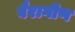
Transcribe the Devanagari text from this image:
बैरागीण